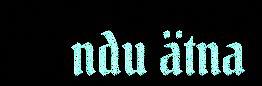
ndu ätna